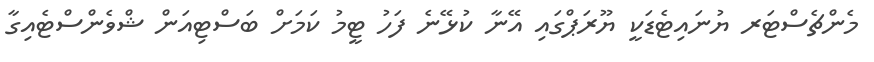
މެންޗެސްޓަރ ޔުނައިޓެޑަކީ ޔޫރަޕްގައި އޭނާ ކުޅޭނެ ފަހު ޓީމު ކަމަށް ބަސްޓިއަން ޝްވެންސްޓެއިގާ